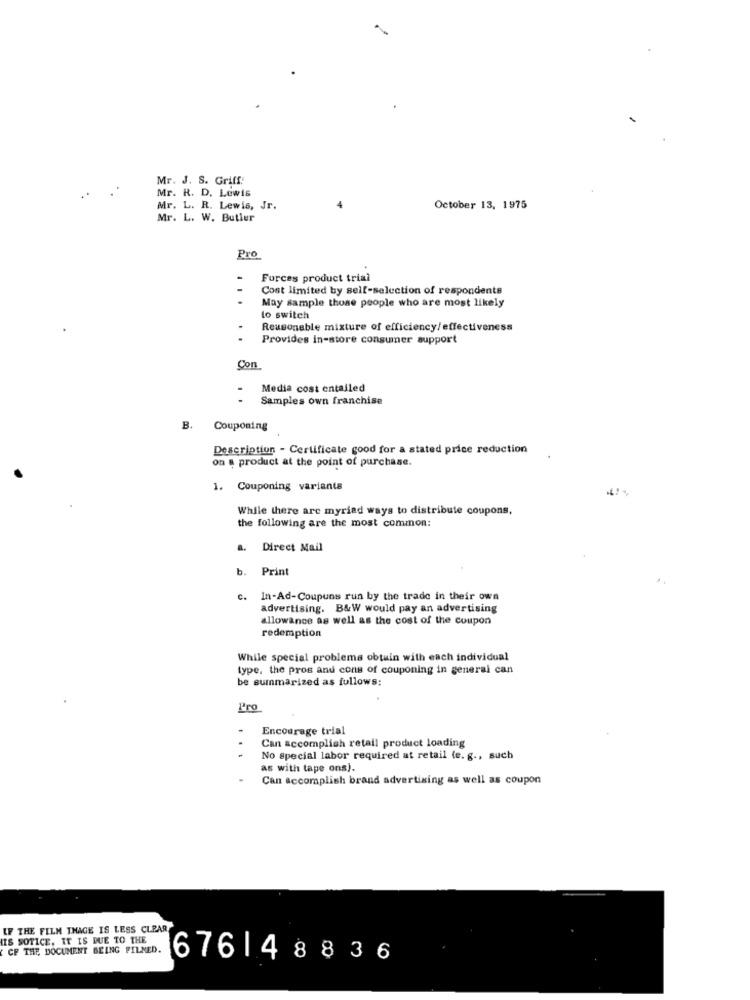
Mr. J. S. Griff:
Mr. R. D. Lewis
Mr. L. R. Lewis, Jr.
October 13, 1975
Mr. L. W. Butler
Pro
Furces product trial
Cost limited by self-selection of respondents
May sample those people who are most likely
to switch
Reasonable mixture of efficiency/effectiveness
Provides in-store consumer support
Con
Media cost entailed
Samples own franchise
B.
Couponing
Description - Certificate good for a stated price reduction
on a product at the point of purchase.
1. Couponing variants
While there are myriad ways to distribute coupons,
the following are the most common:
Direct Mail
b. Print
C.
In-Ad-Coupuns run by the trade in their own
advertising. B&W would pay an advertising
allowance as well as the cost of the coupon
redemption
While special problems obtain with each individual
type, the pros and cons of couponing in general can
be summarized as follows:
Pro
Encourage trial
Can accomplish retail product loading
1
No Special labor required at retail (e. g ., such
as with tape ons).
Can accomplish brand advertising as well as coupon
IF THE FILM THAGE IS LESS CLEAR,
IS SOTICE, IT IS DUE TO THE
CF THE DOCUMENT BEING PILMED.
6761 48836